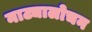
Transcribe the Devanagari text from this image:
नाट्यालोचन